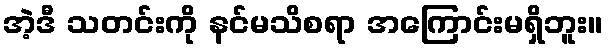
အဲ့ဒီ သတင်းကို နင်မသိစရာ အကြောင်းမရှိဘူး။